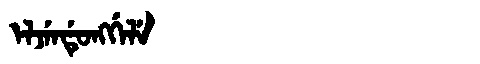
Manchu: ᡝᠯᠵᡝᠨᡩᡠᠩᡤᡝᠯᡝ
Romanization: ELJENDUNGGELE